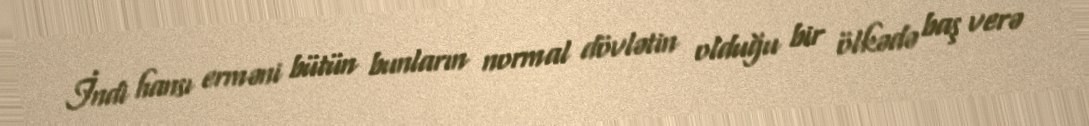
İndi hansı erməni bütün bunların normal dövlətin olduğu bir ölkədə baş verə